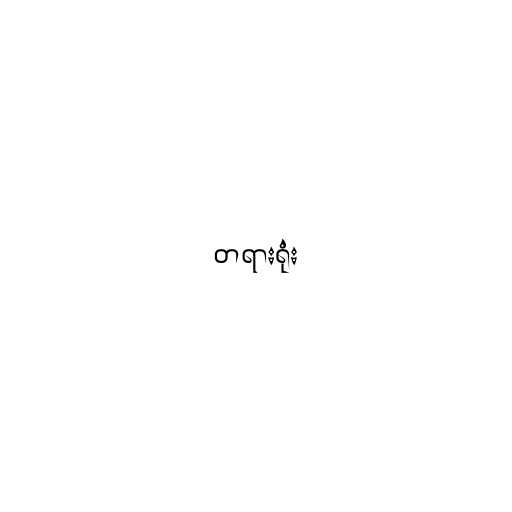
တရားရုံး